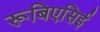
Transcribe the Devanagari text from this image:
रूबिएसिई